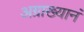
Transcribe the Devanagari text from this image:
अग्राख्यानं